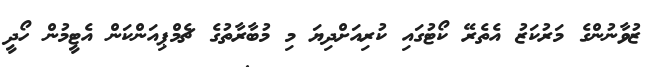
ޒުވާނުންގެ މަރުކަޒު އެތެރޭ ކޯޓުގައި ކުރިއަށްދިޔަ މި މުބާރާތުގެ ޗެމްޕިއަންކަން އެޓީމުން ހޯދީ